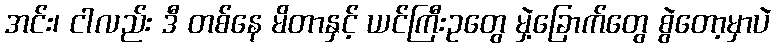
အင်း၊ ငါလည်း ဒီ တစ်နေ မိတာနှင့် ယင်ကြီးဥတွေ မှဲ့ခြောက်တွေ စွဲတော့မှာပဲ